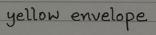
yellow envelope